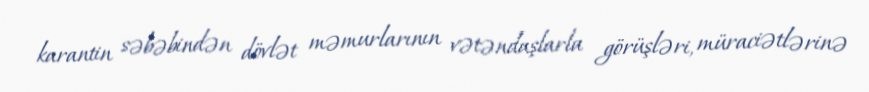
karantin səbəbindən dövlət məmurlarının vətəndaşlarla görüşləri, müraciətlərinə